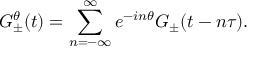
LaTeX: G _ { \pm } ^ { \theta } ( t ) = \sum _ { n = - \infty } ^ { \infty } e ^ { - i n \theta } G _ { \pm } ( t - n \tau ) .